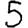
Digit: 5